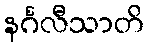
နင်္ဂလီသာတိ